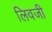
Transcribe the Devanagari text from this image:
लिवजी